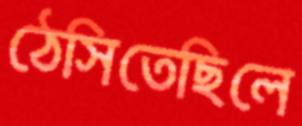
ঠেসিতেছিলে